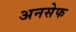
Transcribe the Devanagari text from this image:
अनसेफ